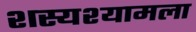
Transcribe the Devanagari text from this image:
शस्यश्यामला